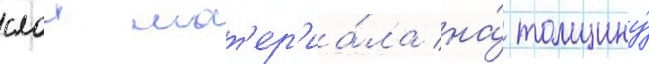
слои мат'ер'иа́ла на́ толщину́